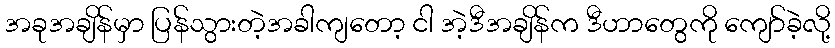
အခုအချိန်မှာ ပြန်သွားတဲ့အခါကျတော့ ငါ အဲ့ဒီအချိန်က ဒီဟာတွေကို ကျော်ခဲ့လို့